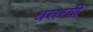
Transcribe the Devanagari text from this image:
धराश्यी